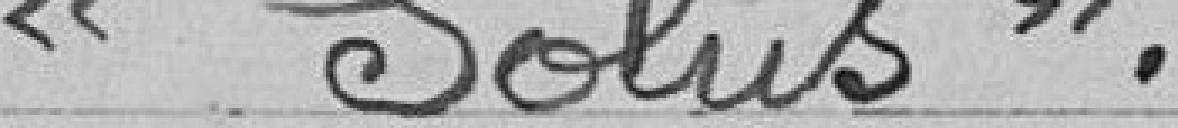
"Solus".